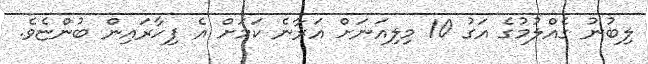
ލިބުނު ގެއްލުމުގެ އަގު 10 މިލިއަނަށް އަރާނެ ކަމަށް އެ ފިހާރައިން ބުންޏެވެ.